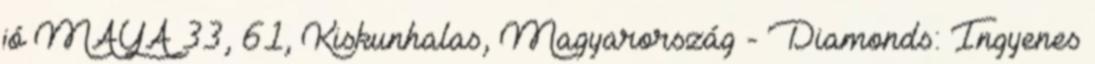
jó MAYA 33, 61, Kiskunhalas, Magyarország - Diamonds: Ingyenes